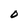
Character: O